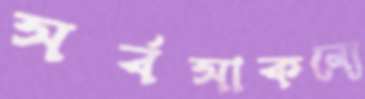
সর্বসাকল্যে